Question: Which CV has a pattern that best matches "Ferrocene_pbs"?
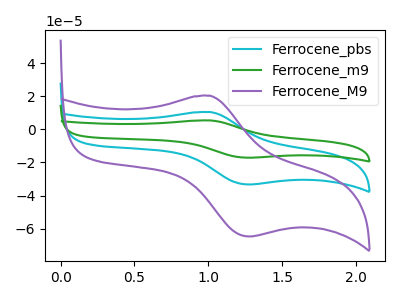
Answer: <think>The cyan curve "Ferrocene_pbs" has an anodic peak at (1.00V, 10.45uA) and a cathodic peak at (1.30V, -33.25uA). The green curve "Ferrocene_m9" has an anodic peak at (1.00V, 20.85uA) and a cathodic peak at (1.30V, -66.50uA). The purple curve "Ferrocene_M9" has an anodic peak at (1.00V, 20.25uA) and a cathodic peak at (1.30V, -64.65uA).
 All the peaks in "Ferrocene_pbs" have a peak in "Ferrocene_m9" at the same potential. Every peak in "Ferrocene_pbs" is lower than every peak in "Ferrocene_m9". All the peaks in "Ferrocene_pbs" have a peak in "Ferrocene_M9" at the same potential. Every peak in "Ferrocene_pbs" is lower than every peak in "Ferrocene_M9". All the peaks in "Ferrocene_m9" have a peak in "Ferrocene_M9" at the same potential. Every peak in "Ferrocene_m9" is higher than every peak in "Ferrocene_M9".</think>
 <answer>"Ferrocene_pbs" and "Ferrocene_m9" have a similar shape to "Ferrocene_M9".</answer>
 <eval>"Ferrocene_pbs" "Ferrocene_m9"</eval>